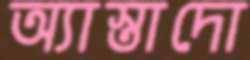
অ্যাস্তাদো